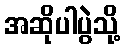
အဆိုပါပွဲသို့